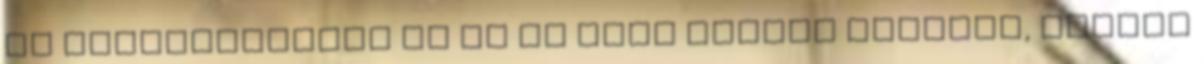
Ha belegondolunk ez kb az örök életet jelenti, szóval